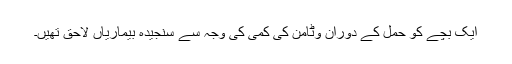
ایک بچے کو حمل کے دوران وٹامن کی کمی کی وجہ سے سنجیدہ بیماریاں لاحق تھیں۔